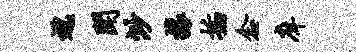
邈闻渺攘插念庠